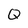
Character: Q